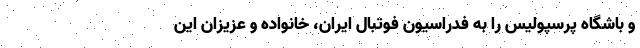
و باشگاه پرسپولیس را به فدراسیون فوتبال ایران، خانواده و عزیزان این